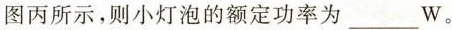
如图丙所示，则小灯泡的额定功率为___W。